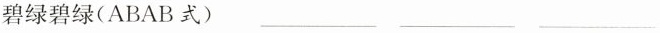
碧绿碧绿(ABAB式) ___ ___ ___